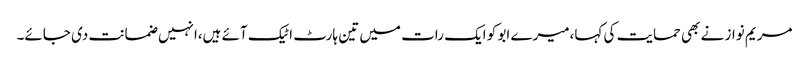
مریم نواز نے بھی حمایت کی کہا،میرے ابو کو ایک رات میں تین ہارٹ اٹیک آئے ہیں،انہیں ضمانت دی جائے۔